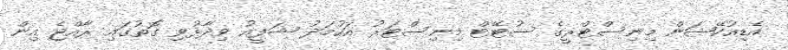
އެޑިއުކޭޝަން މިނިސްޓްރީގެ ސުޓޭޓް މިނިސްޓަރު އަހުމަދު ޝަފީއު ވިދާޅުވި ގޮތުގައި ރާއްޖެ އިން